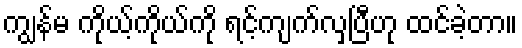
ကျွန်မ ကိုယ့်ကိုယ်ကို ရင့်ကျက်လှပြီဟု ထင်ခဲ့တာ။